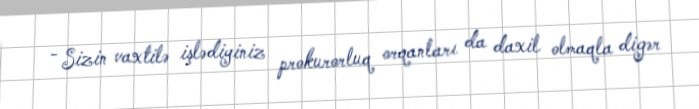
- Sizin vaxtilə işlədiyiniz prokurorluq orqanları da daxil olmaqla digər